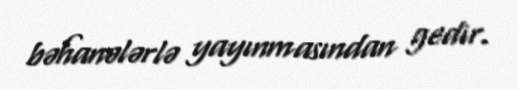
bəhanələrlə yayınmasından gedir.